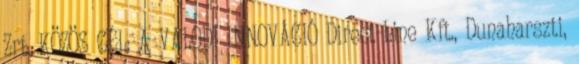
Zrt. KÖZÖS CÉL: A VALÓDI INNOVÁCIÓ Direct-Line Kft., Dunaharszti,